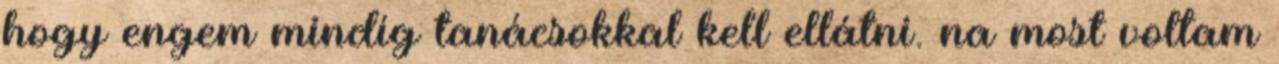
hogy engem mindíg tanácsokkal kell ellátni. na most voltam